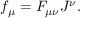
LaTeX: f _ { \mu } = F _ { \mu \nu } J ^ { \nu } .